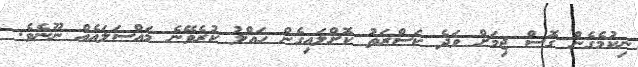
ނިކުމެގެން ގޮސް ޖިމަށް ވަދެ ކަސްރަތު ކޮށްލައިގެން ހައްލު ކުރެވޭނެ މައްސަލައެއް ނޫނެވެ.